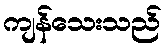
ကျန်သေးသည်